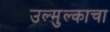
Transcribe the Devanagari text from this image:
उल्मुल्काचा